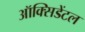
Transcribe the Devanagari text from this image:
ऑक्‍सिडेंटल